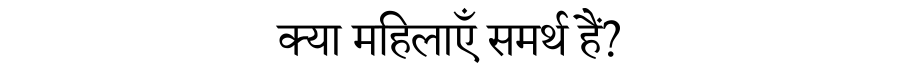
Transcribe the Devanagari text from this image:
क्या महिलाएँ समर्थ हैं?